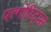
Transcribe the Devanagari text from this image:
एल्गोरिद्म्स